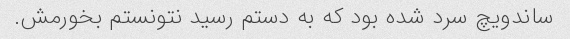
ساندویچ سرد شده بود که به دستم رسید نتونستم بخورمش.